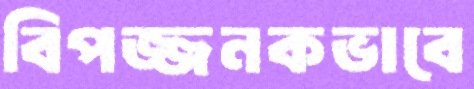
বিপজ্জনকভাবে